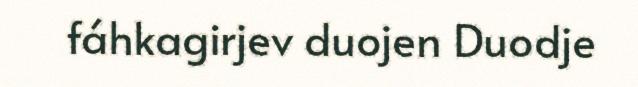
fáhkagirjev duojen Duodje